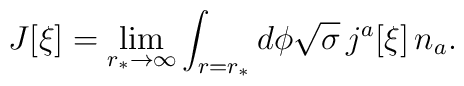
J[\xi]=\lim_{r_\ast\to\infty}  \int_{r=r_\ast}d\phi\sqrt{\sigma}\, j^a[\xi]\, n_a.